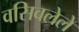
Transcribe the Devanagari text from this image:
वसिवलेले